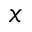
\boldsymbol { x }